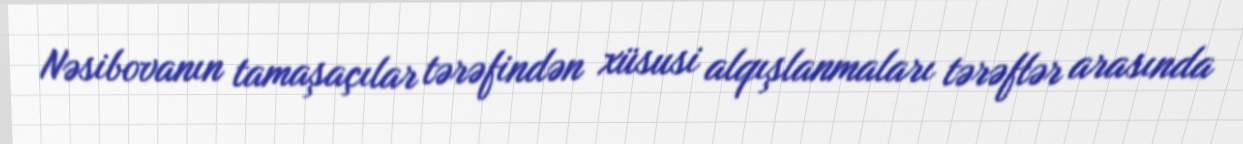
Nəsibovanın tamaşaçılar tərəfindən xüsusi alqışlanmaları tərəflər arasında